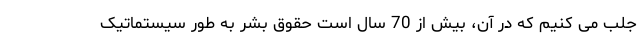
جلب می کنیم که در آن، بیش از 70 سال است حقوق بشر به طور سیستماتیک